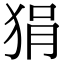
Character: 狷